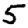
Digit: 5